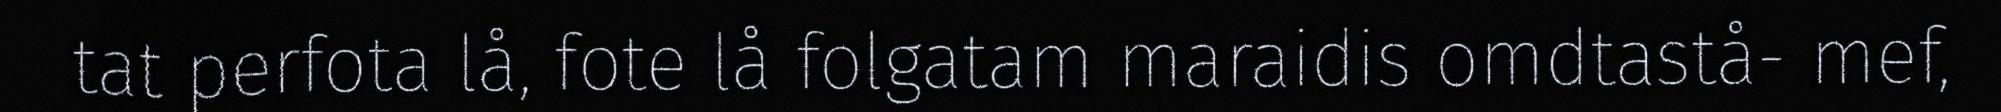
tat perfota lå, fote lå folgatam maraidis omdtastå- mef,